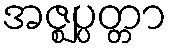
အဇ္ဈပ္ပတ္တာ